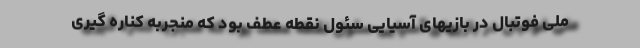
ملی فوتبال در بازیهای آسیایی سئول نقطه عطف بود که منجربه کناره گیری